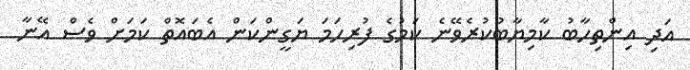
އަދި އިންތިހާބު ކާމިޔާބުކުރެވޭނެ ކަމުގެ ފުރިހަމަ ޔަގީންކަން އެބައޮތް ކަމަށް ވެސް އޭނާ